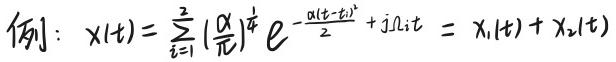
$
\text{例：}x(t)=\sum_{i = 1}^{2}\left(\frac{\alpha}{\pi}\right)^{\frac{1}{4}} e^{-\frac{\alpha(t - t_i)^2}{2}}+j \Omega_i t=x_1(t)+x_2(t)
$